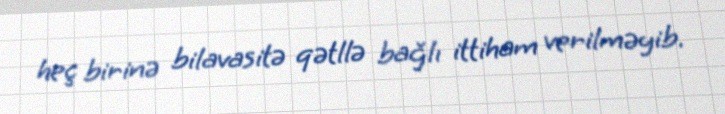
heç birinə bilavasitə qətllə bağlı ittiham verilməyib.